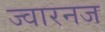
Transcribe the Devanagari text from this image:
ज्वारनज